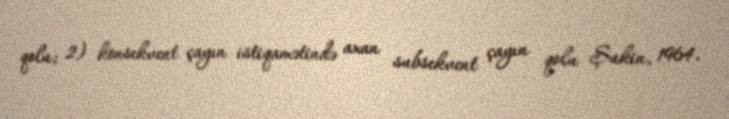
qolu; 2) konsekvent çayın istiqamətində axan subsekvent çayın qolu Şukin, 1964.